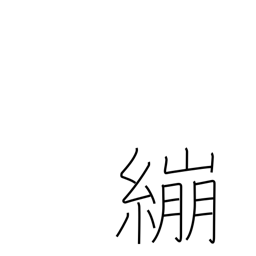
Meaning: wrap